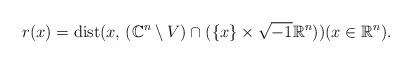
LaTeX: \begin{align*}r(x) = \operatorname{dist}(x,\, (\mathbb{C}^n \setminus V) \cap (\{x\} \times \sqrt{-1}\mathbb{R}^n)) (x \in \mathbb{R}^n).\end{align*}